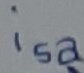
Text: isa